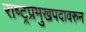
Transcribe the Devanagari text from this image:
राष्ट्रप्रमुखपदावरुन